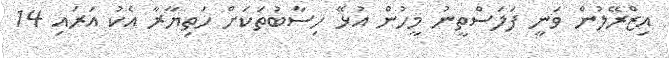
އިޒްރޭލުން ވަނީ ފަލަސްތީނު މީހުން އުޅޭ ހިސާބުތަކަށް ހަތިޔާރާ އެކު އަރައި 14